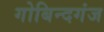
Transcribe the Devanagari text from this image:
गोबिन्दगंज